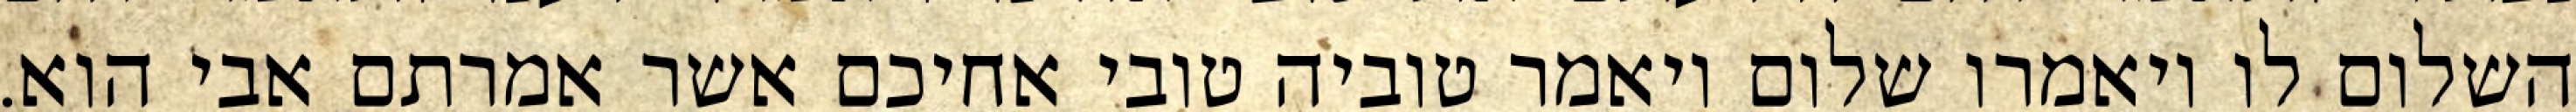
השלום לו ויאמרו שלום ויאמר טוביה טובי אחיכם אשר אמרתם אבי הוא.